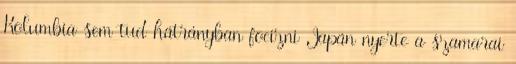
Kolumbia sem tud hátrányban focizni Japán nyerte a szamarai